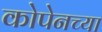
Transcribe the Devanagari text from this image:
कोपेनच्या